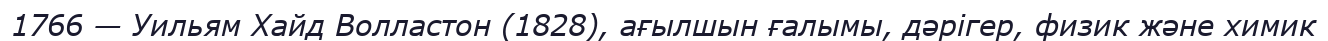
1766 — Уильям Хайд Волластон (1828), ағылшын ғалымы, дәрігер, физик және химик